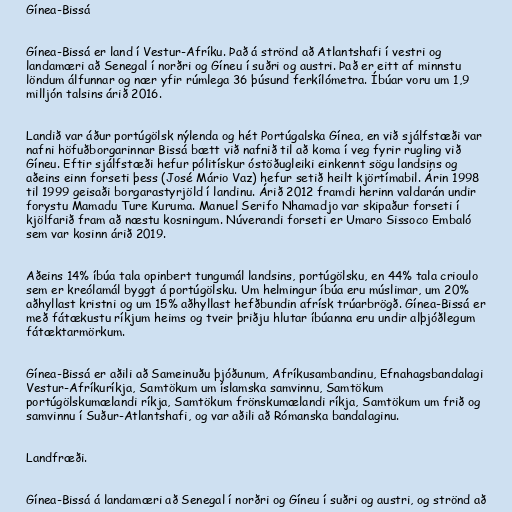
Gínea-Bissá

Gínea-Bissá er land í Vestur-Afríku. Það á strönd að Atlantshafi í vestri og
landamæri að Senegal í norðri og Gíneu í suðri og austri. Það er eitt af minnstu
löndum álfunnar og nær yfir rúmlega 36 þúsund ferkílómetra. Íbúar voru um 1,9
milljón talsins árið 2016.

Landið var áður portúgölsk nýlenda og hét Portúgalska Gínea, en við sjálfstæði var
nafni höfuðborgarinnar Bissá bætt við nafnið til að koma í veg fyrir rugling við
Gíneu. Eftir sjálfstæði hefur pólitískur óstöðugleiki einkennt sögu landsins og
aðeins einn forseti þess (José Mário Vaz) hefur setið heilt kjörtímabil. Árin 1998
til 1999 geisaði borgarastyrjöld í landinu. Árið 2012 framdi herinn valdarán undir
forystu Mamadu Ture Kuruma. Manuel Serifo Nhamadjo var skipaður forseti í
kjölfarið fram að næstu kosningum. Núverandi forseti er Umaro Sissoco Embaló
sem var kosinn árið 2019.

Aðeins 14% íbúa tala opinbert tungumál landsins, portúgölsku, en 44% tala crioulo
sem er kreólamál byggt á portúgölsku. Um helmingur íbúa eru múslimar, um 20%
aðhyllast kristni og um 15% aðhyllast hefðbundin afrísk trúarbrögð. Gínea-Bissá er
með fátækustu ríkjum heims og tveir þriðju hlutar íbúanna eru undir alþjóðlegum
fátæktarmörkum.

Gínea-Bissá er aðili að Sameinuðu þjóðunum, Afríkusambandinu, Efnahagsbandalagi
Vestur-Afríkuríkja, Samtökum um íslamska samvinnu, Samtökum
portúgölskumælandi ríkja, Samtökum frönskumælandi ríkja, Samtökum um frið og
samvinnu í Suður-Atlantshafi, og var aðili að Rómanska bandalaginu.

Landfræði.

Gínea-Bissá á landamæri að Senegal í norðri og Gíneu í suðri og austri, og strönd að